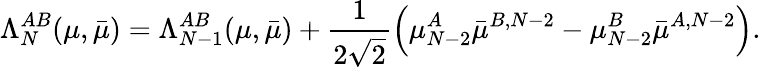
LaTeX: \Lambda_{N}^{AB}(\mu,\bar{\mu})=\Lambda_{N-1}^{AB}(\mu,\bar{\mu})+\frac{1}{2\sqrt{2}}\left(\mu_{N-2}^{A}\bar{\mu}^{B,N-2}-\mu_{N-2}^{B}\bar{\mu}^{A,N-2}\right).